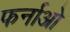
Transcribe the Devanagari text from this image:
फर्नाओ